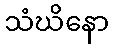
သံဃိနော